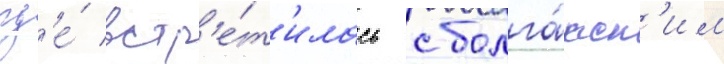
гд'е́ встр'е́т'илась с болга́рск'им